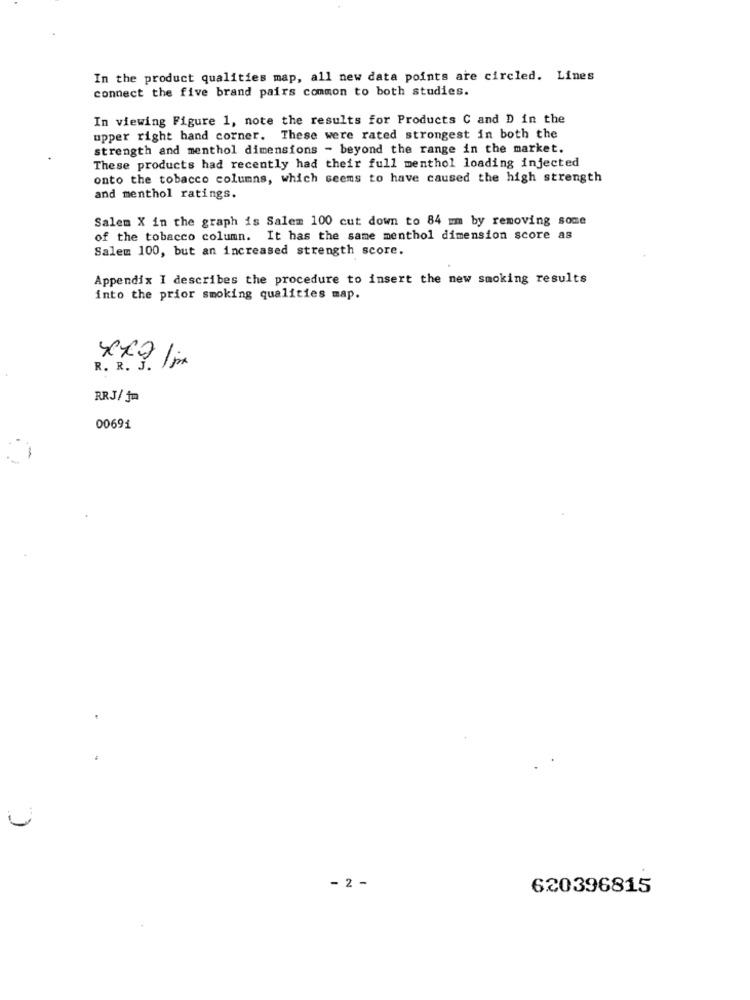
In the product qualities map, all new data points are circled. Lines
connect the five brand pairs common to both studies.
In viewing Figure 1, note the results for Products C and D in the
upper right hand corner. These were rated strongest in both the
strength and menthol dimensions - beyond the range in the market.
These products had recently had their full menthol loading injected
onto the tobacco columns, which seems to have caused the high strength
and menthol ratings.
Salem X in the graph is Salem 100 cut down to 84 mm by removing some
of the tobacco column. It has the same menthol dimension score as
Salem 100, but an increased strength score.
Appendix I describes the procedure to insert the new smoking results
into the prior smoking qualities map.
2 .
RRJ/ ja
00691
- 2 -
620396815